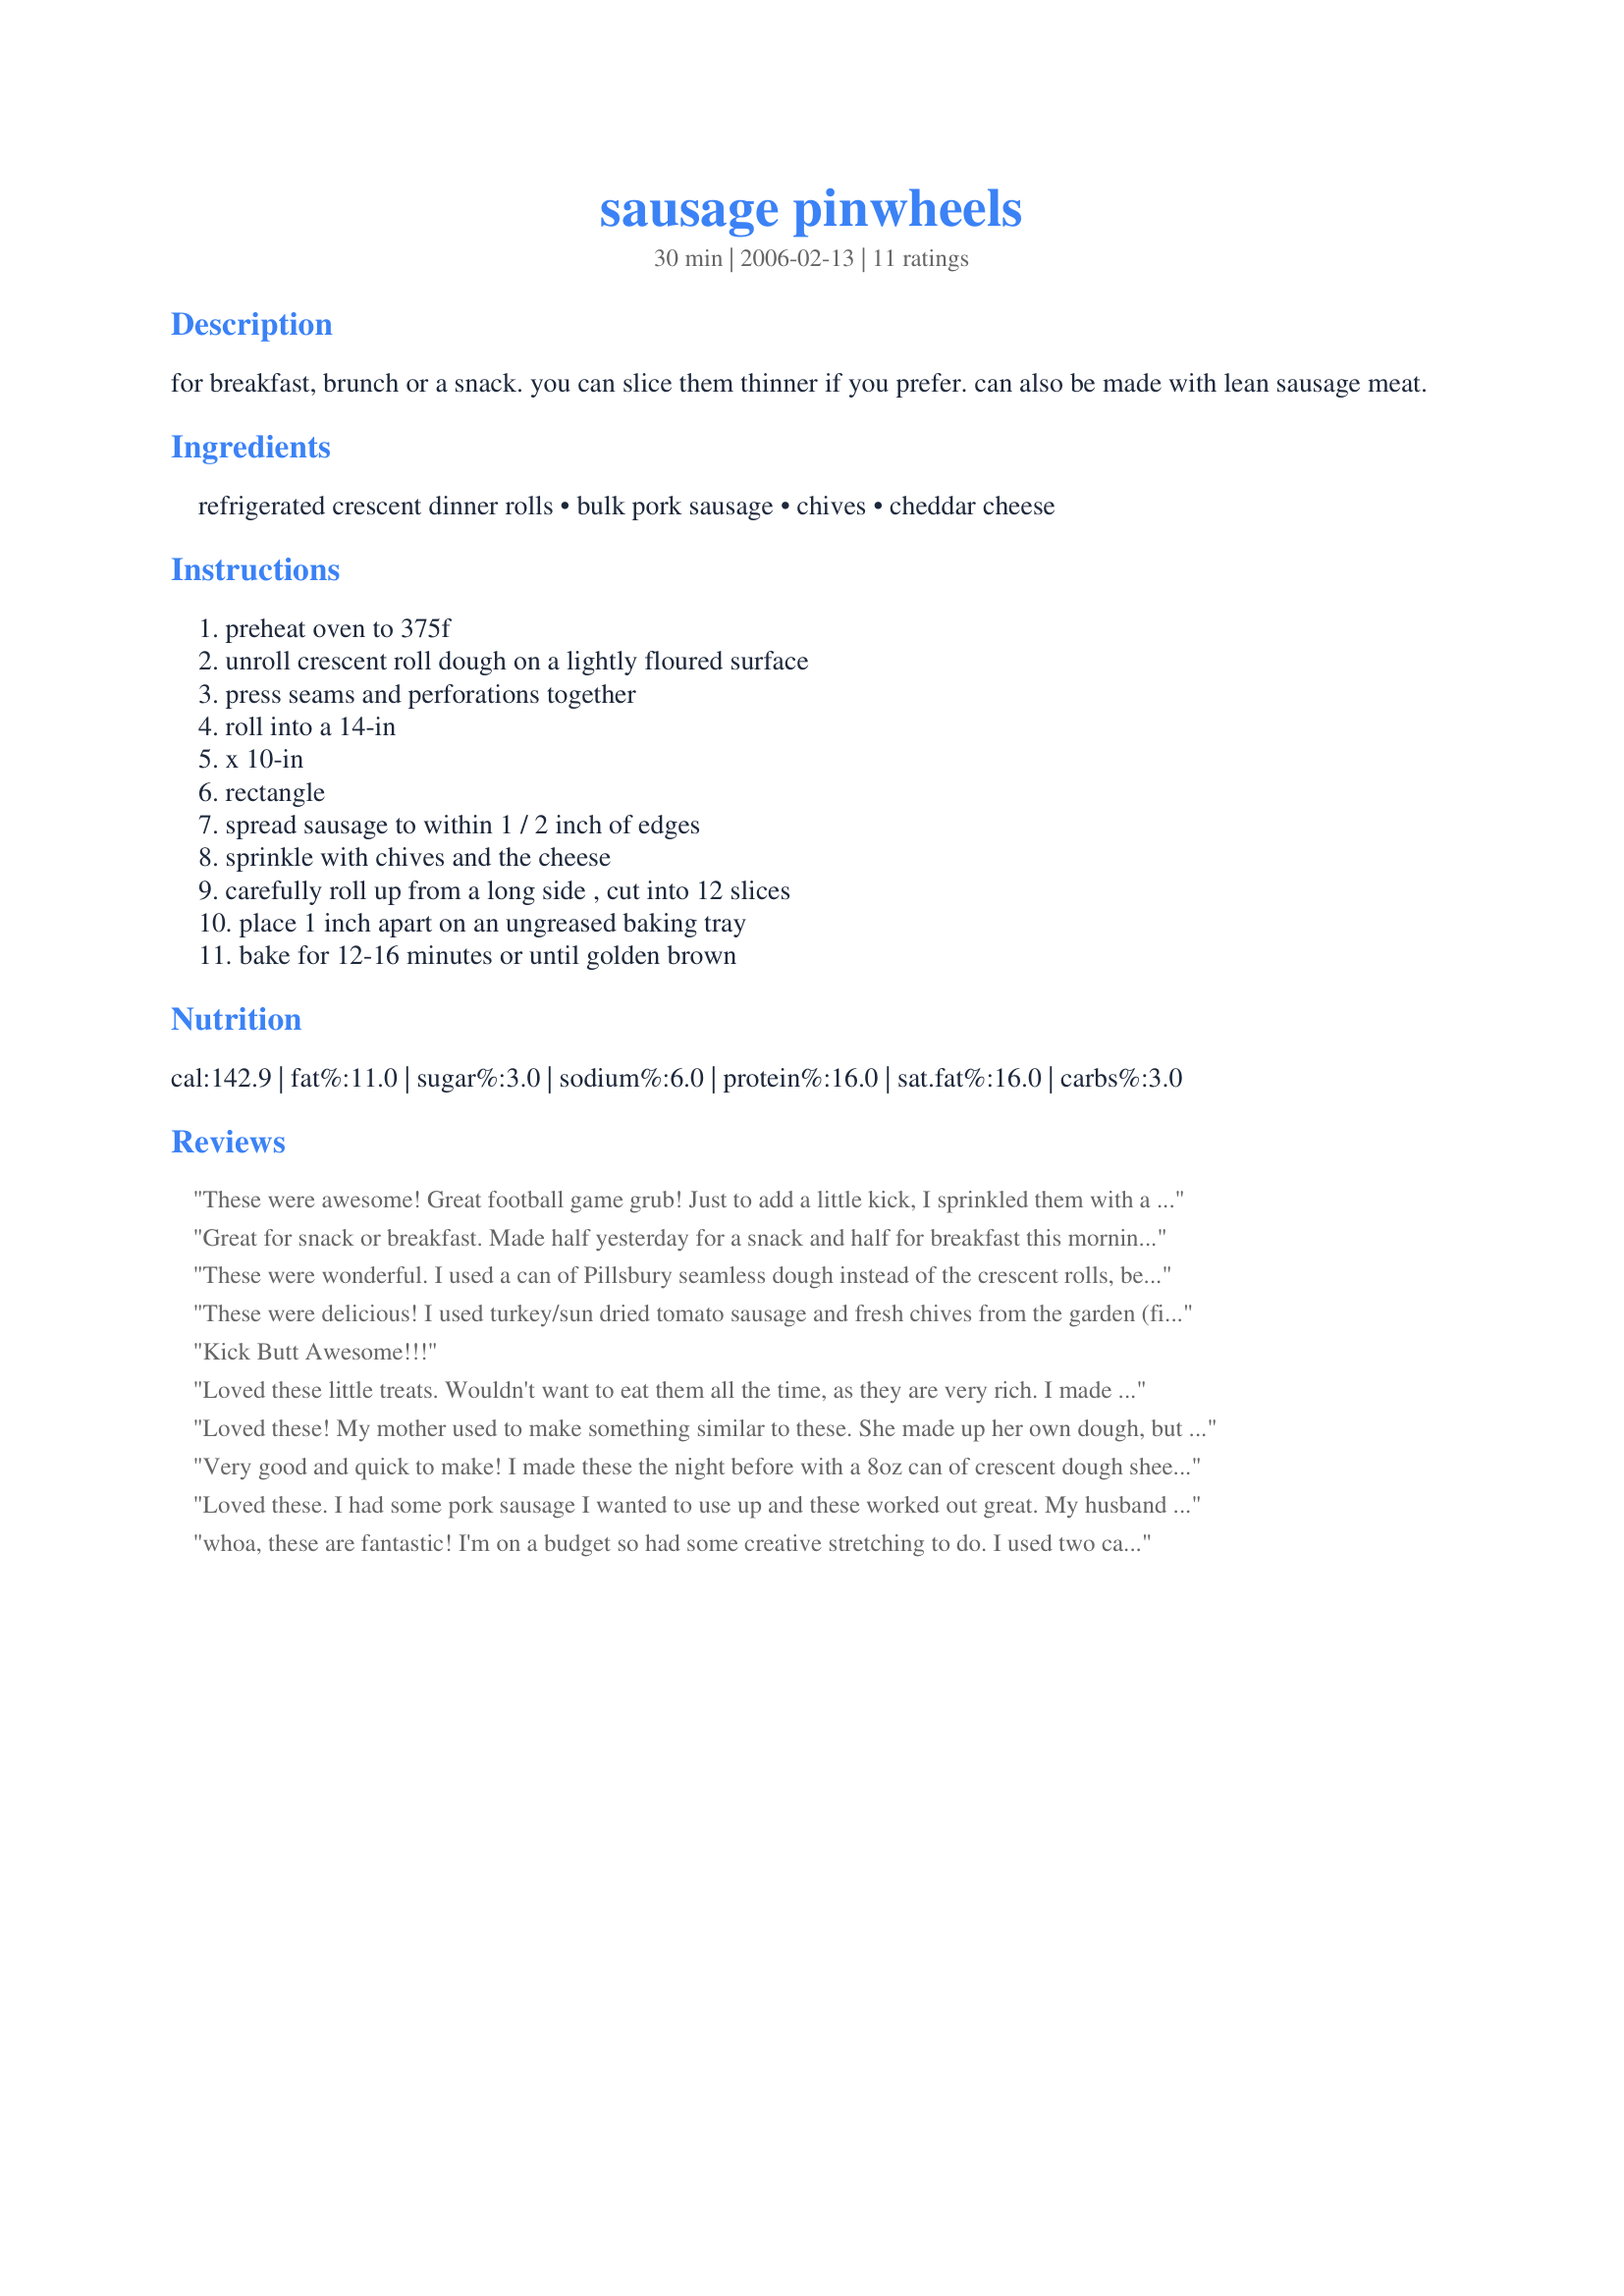
sausage pinwheels
Preparation time: 30 minutes

for breakfast, brunch or a snack. you can slice them thinner if you prefer. can also be made with lean sausage meat.

Ingredients:
refrigerated crescent dinner rolls, bulk pork sausage, chives, cheddar cheese

Steps:
preheat oven to 375f, unroll crescent roll dough on a lightly floured surface, press seams and perforations together, roll into a 14-in, x 10-in, rectangle, spread sausage to within 1 / 2 inch of edges, sprinkle with chives and the cheese, carefully roll up from a long side , cut into 12 slices, place 1 inch apart on an ungreased baking tray, bake for 12-16 minutes or until golden brown

Reviews:
These were awesome! Great football game grub! Just to add a little kick, I sprinkled them with a bit of chili powder. The guys dug it!
Great for snack or breakfast. Made half yesterday for a snack and half for breakfast this morning. Both turned out great. Used Recipe #236658 for the crescent dough.
These were wonderful. I used a can of Pillsbury seamless dough instead of the crescent rolls, because that is what I had on hand. I didn't have any chives so I had to leave those out too. The dough baked up very nice. The sausage was perfectly done and the cheese nice and melted. I'll definitely be making this again. Thanks for a quick and easy keeper!
These were delicious! I used turkey/sun dried tomato sausage and fresh chives from the garden (first of the year). Very easy and quick to do. Very flavourfull!! thanks for posting , we will be making these again.
Kick Butt Awesome!!!
Loved these little treats. Wouldn't want to eat them all the time, as they are very rich. I made a double batch. Made for PetsRUs Cookathon in memory of Annelies.
Loved these! My mother used to make something similar to these. She made up her own dough, but using the crescent rolls is so much faster & easier. DH asked, "You are going to make these again, aren't you?" I found that slicing them without chilling them first was a little difficult, so I chilled them like you suggested and that made it much easier. After I'd rolled them up, I remembered I forgotten the cheese, but they were still great. DH loves cheddar cheese and is ready for me to make these again, next time remembering the cheese. Thanks for a great breakfast idea!
Very good and quick to make! I made these the night before with a 8oz can of crescent dough sheet and then rolled it up in wax paper and plastic wrap. The next morning I cut them and baked it. I think I may have cut mine a little thick as they took 19 minutes to cook. Were really good and perfect for a busy morning. Made for Cook-a-thon for Pets'R'Us 5/2010.
Loved these. I had some pork sausage I wanted to use up and these worked out great. My husband loved them. Your recipe is a definite keeper. Thank you.
whoa, these are fantastic! I'm on a budget so had some creative stretching to do. I used two cans of crescent rolls and 1 frozen chub of pork sausage meat (the kind some use for stuffing). I sprinkled fresh chives and parsley from the garden on the first batch and dried italian seasoning on the second. Used only enough grated cheese to say there was some on it and rolled, sliced and baked. While mine aren't as generously filled as yours, these are most welcome at my table. We will enjoy these again and again over the winter. Thanks for a great recipe. P.S. my daughter has asked for these to take to school. Now that's a compliment!
I make these frequently to take to work or as a quick snack or supper. They also freeze well after they're baked. Just pop in the oven and reheat. Yum!
